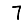
Digit: 7